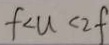
f < u < 2 f